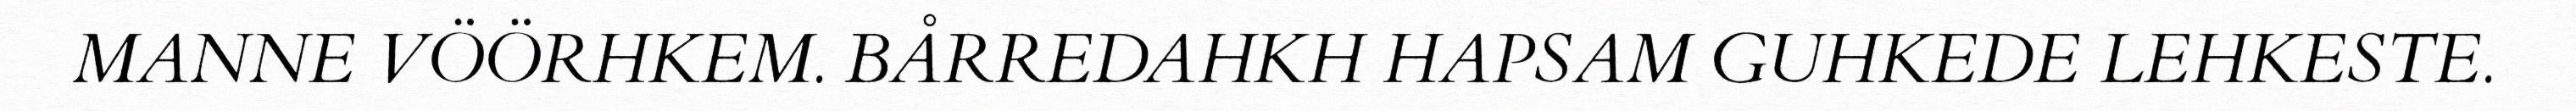
MANNE VÖÖRHKEM. BÅRREDAHKH HAPSAM GUHKEDE LEHKESTE.